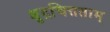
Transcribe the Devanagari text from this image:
क्षुद्रचित्तताम्